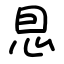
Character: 㤙